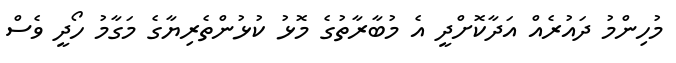
މުހިންމު ދައުރެއް އަދާކޮށްދީ އެ މުބާރާތުގެ މޮޅު ކުޅުންތެރިޔާގެ މަގާމު ހޯދީ ވެސް